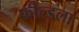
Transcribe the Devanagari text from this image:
फील्डला